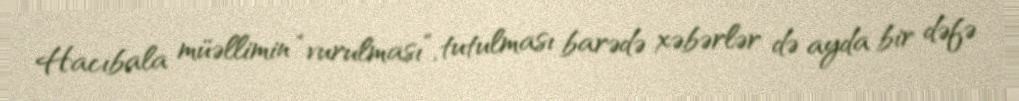
Hacıbala müəllimin “vurulması”, tutulması barədə xəbərlər də ayda bir dəfə